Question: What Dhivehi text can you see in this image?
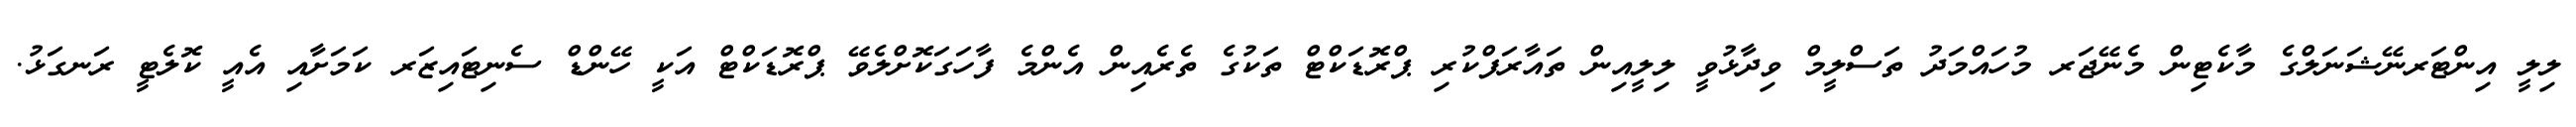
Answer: ލިލީ އިންޓަރނޭޝަނަލްގެ މާކެޓިން މެނޭޖަރ މުހައްމަދު ތަސްލީމް ވިދާޅުވީ ލިލީއިން ތައާރަފްކުރި ޕްރޮޑަކްޓް ތަކުގެ ތެރެއިން އެންމެ ފާހަގަކޮށްލެވޭ ޕްރޮޑަކްޓް އަކީ ހޭންޑް ސެނިޓައިޒަރ ކަމަށާއި އެއީ ކޮލެޓީ ރަނގަޅު.